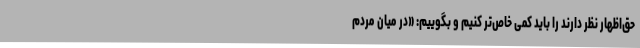
حق‌اظهار نظر دارند را باید کمی خاص‌تر کنیم و بگوییم: «در میان مردم